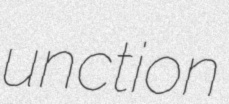
unction